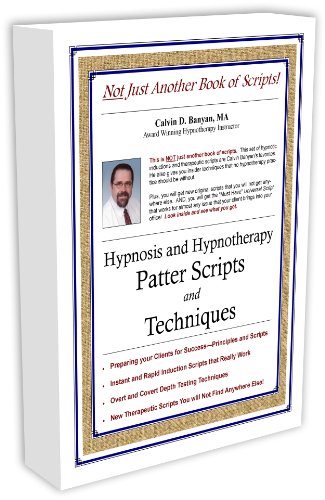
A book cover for Hypnosis and Hypnotherapy Patter Scripts and Techniques; Calvin D. Banyan; Health, Fitness & Dieting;